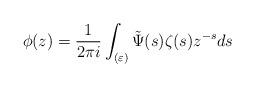
LaTeX: \begin{align*} \phi(z)=\frac{1}{2\pi i}\int_{(\varepsilon)}\tilde\Psi(s)\zeta(s)z^{-s}ds\end{align*}